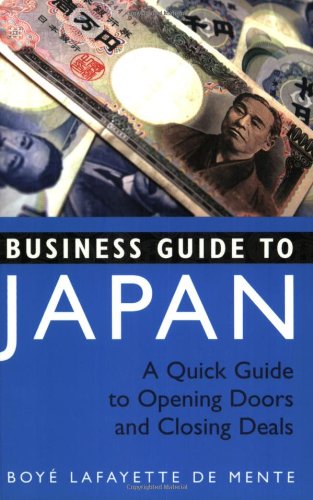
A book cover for Business Guide to Japan: A Quick Guide to Opening Doors and Closing Deals; Boye Lafayette De Mente; Travel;